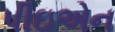
પીઇએન